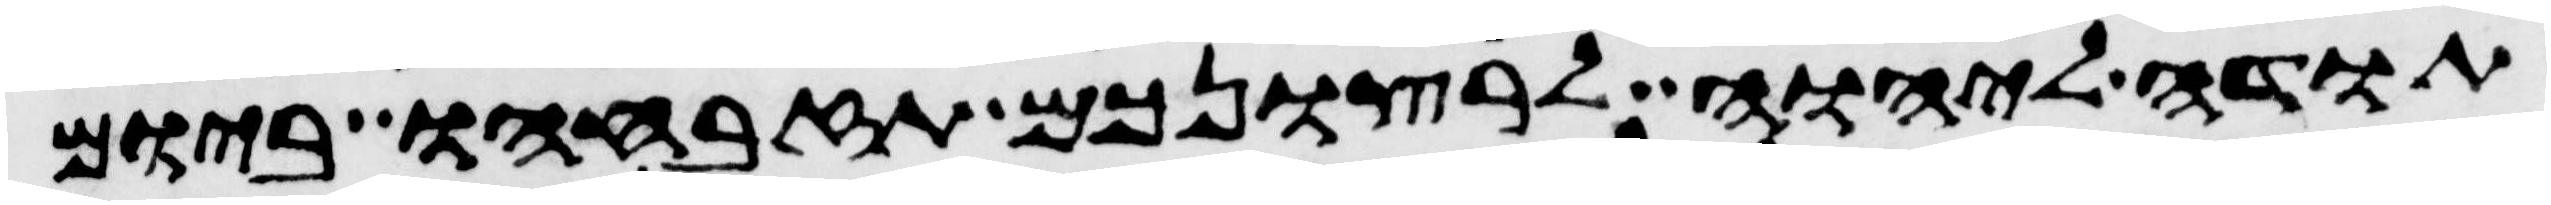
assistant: תודה ליהוה לרצונכם תזבחהו ביום